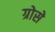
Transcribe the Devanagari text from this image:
ग्रोसे